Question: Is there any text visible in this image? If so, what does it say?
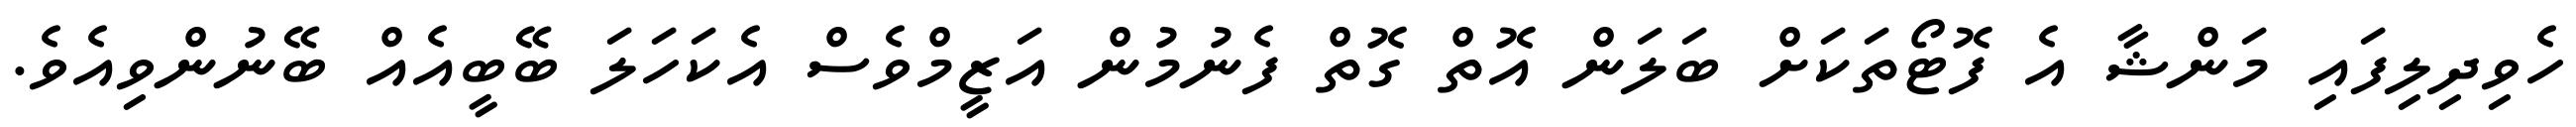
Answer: ހެވިދިލިފައި މަންޝާ އެ ފޮޓޯތަކަށް ބަލަން އޮތް ގޮތް ފެނުމުން އަޒީމްވެސް އެކަހަލަ ބޭބީއެއް ބޭނުންވިއެވެ.